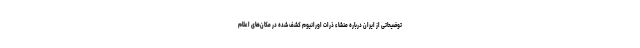
توضیحاتی از ایران درباره منشاء ذرات اورانیوم کشف شده در مکان‌های اعلام